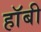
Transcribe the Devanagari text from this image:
हाॅबी